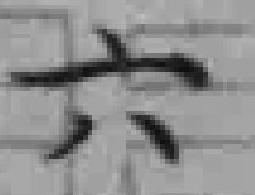
六